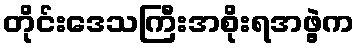
တိုင်းဒေသကြီးအစိုးရအဖွဲ့က